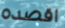
اقصده